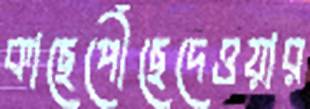
কাছেপৌঁছেদেওয়ার